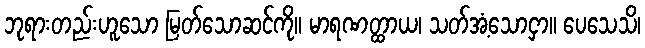
ဘုရားတည်းဟူသော မြတ်သောဆင်ကို။ မာရဏတ္ထာယ၊ သတ်အံ့သောငှာ။ ပေသေသိ၊